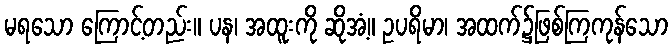
မရသော ကြောင့်တည်း။ ပန၊ အထူးကို ဆိုအံ့။ ဥပရိမာ၊ အထက်၌ဖြစ်ကြကုန်သော